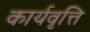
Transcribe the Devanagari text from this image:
कार्यवृत्ति